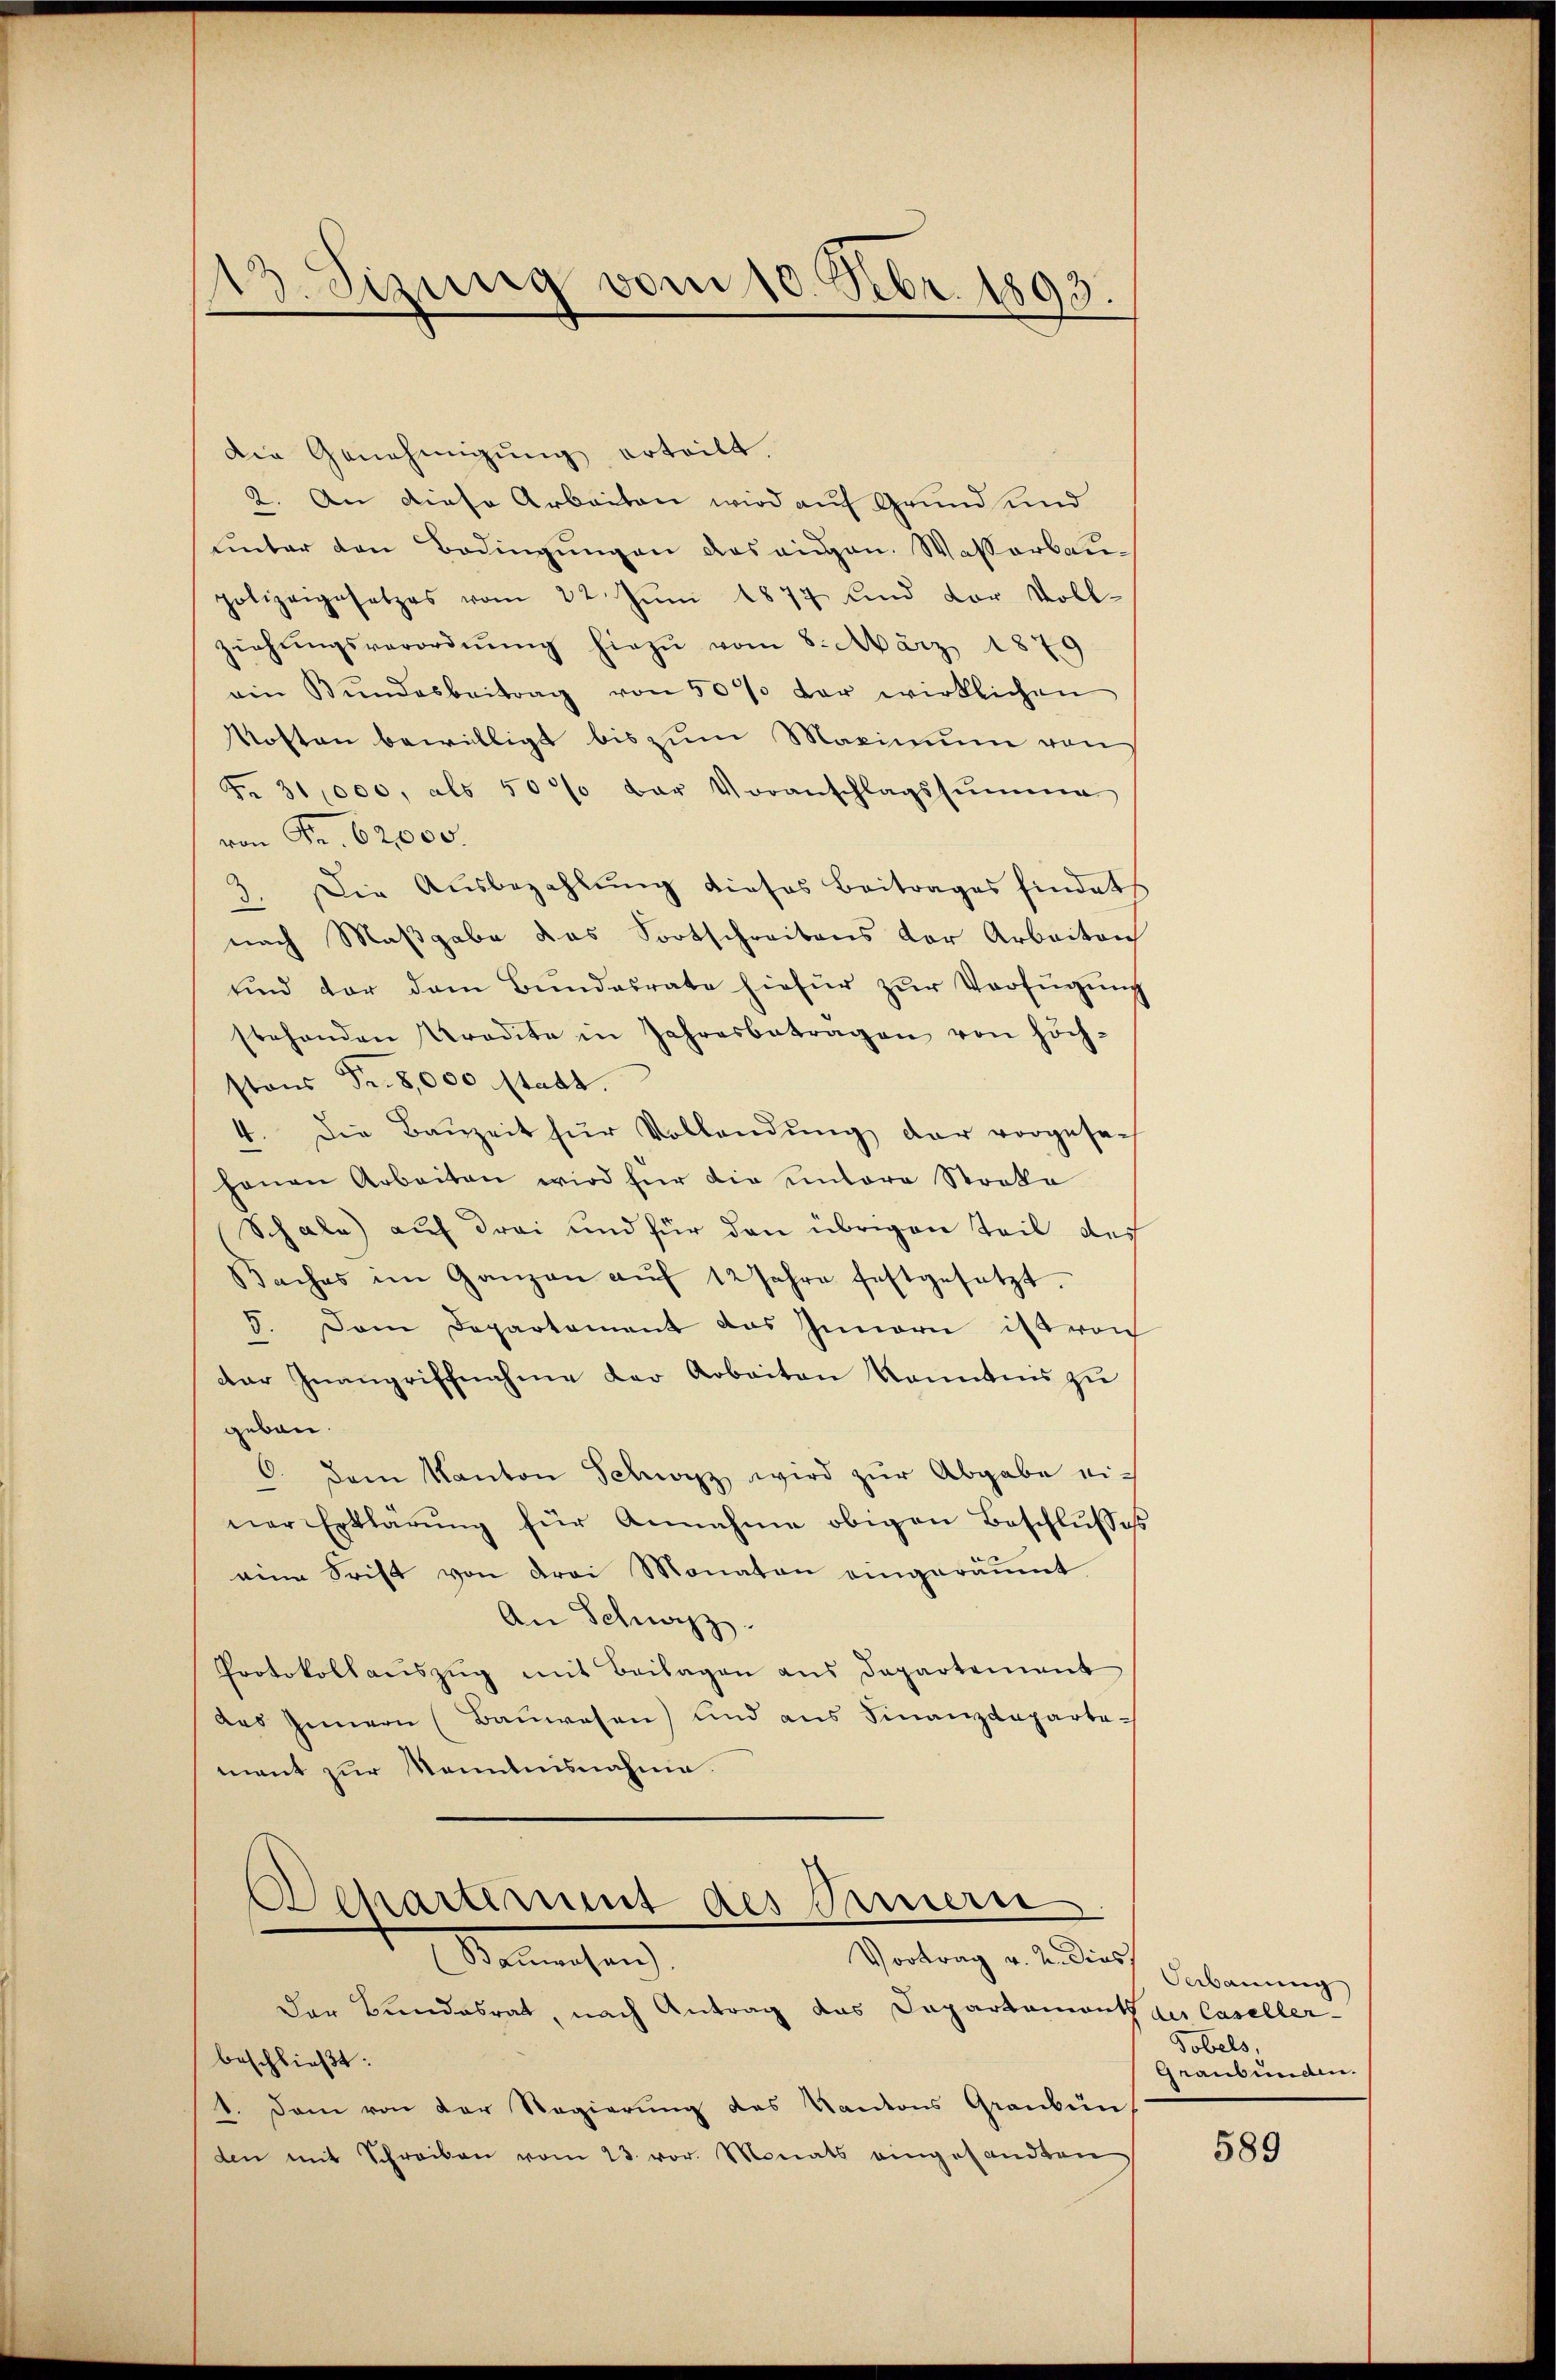
13. Sizung vom 10. Febr. 1893.

Die Genehmigŭng erteilt.
2. An diese Arbeiten wird auf Grund und
unter den Bedingungen das eigen. Wasserbaupolizeigesetzes vom 22. Juni 1877 und der Voll-
ziehŭngsverordnŭng hiezu vom 8. März 1879
ein Bŭndesbeitrag von 50% vor wirklichen
Koften bewilligt bis zum Maximum von
Fr. 31,000, als 50% der Voranschlagssumme
von Fr. 62000.
3. Die Aŭsbezahlŭng dieses Beitrages findet
nach Maßgabe das Fortschreibens der Arbeiten
und vor dem Bŭndesrate hiefür zŭr Verfügung
stehenden Tradita in Jahresbetragen von höch-
stons Fr. 8,000 statt.
4. Die Baŭzeit für Vollendŭng der vorgesehanen Arbeiten wird für die untere Stocke
Schale) auf drei und für den übrigen Teil des
Baches im Ganzen aŭf 12 Jahre festgesetzt.
3. Dem Departement das Innern ist von
der Inangriffnahme der Arbeiten kanntnis zŭ
geben.
O. dem Kanton Schwarz wird zŭr Abgabe ei-
ner Erklärŭng für Annahme obigen Beschlussess
eine Frist von drei Monaten eingeräŭmt
An Schwyz.
Protokollauszug mit Beilagen aus Departement
des Innern (Bauwesen) und aus Finanzdepartement zur Kenntnisnahme.

Departement des Innern
Vortrag v. 2. Dies
Salmachen

Der Bundesrat, nach Antrag das Departement der Caseller-
beschließt:
1. Dann von der Regierung des Kantons Graubün
den mit Schreiben vom 23. vor. Monats eingesandten

Verbauung
Tobels,
Graubünden.

589